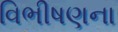
વિભીષણના